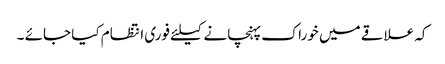
کہ علاقے میں خوراک پہنچانے کیلئے فوری انتظام کیا جائے ۔